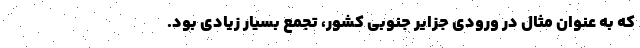
که به عنوان مثال در ورودی جزایر جنوبی کشور، تجمع بسیار زیادی بود.